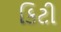
કિટી